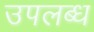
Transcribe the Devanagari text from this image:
उपलब्ध्‍ा